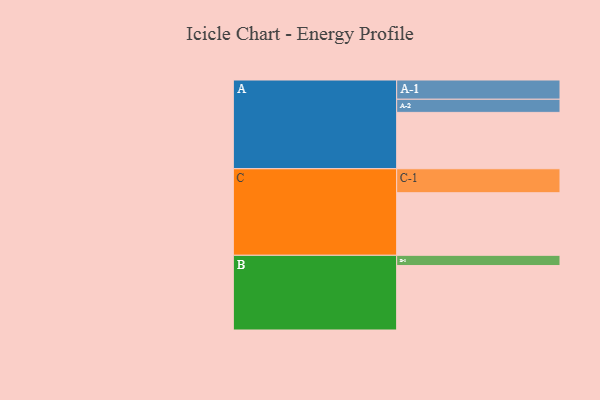
{"axis": {"x": "Segment", "y": "Value"}, "legend": ["", "A", "B", "C"], "data": [{"x": "A", "y": 489, "type": ""}, {"x": "B", "y": 559, "type": ""}, {"x": "C", "y": 543, "type": ""}, {"x": "A-1", "y": 167, "type": "A"}, {"x": "A-2", "y": 114, "type": "A"}, {"x": "B-1", "y": 89, "type": "B"}, {"x": "C-1", "y": 208, "type": "C"}]}